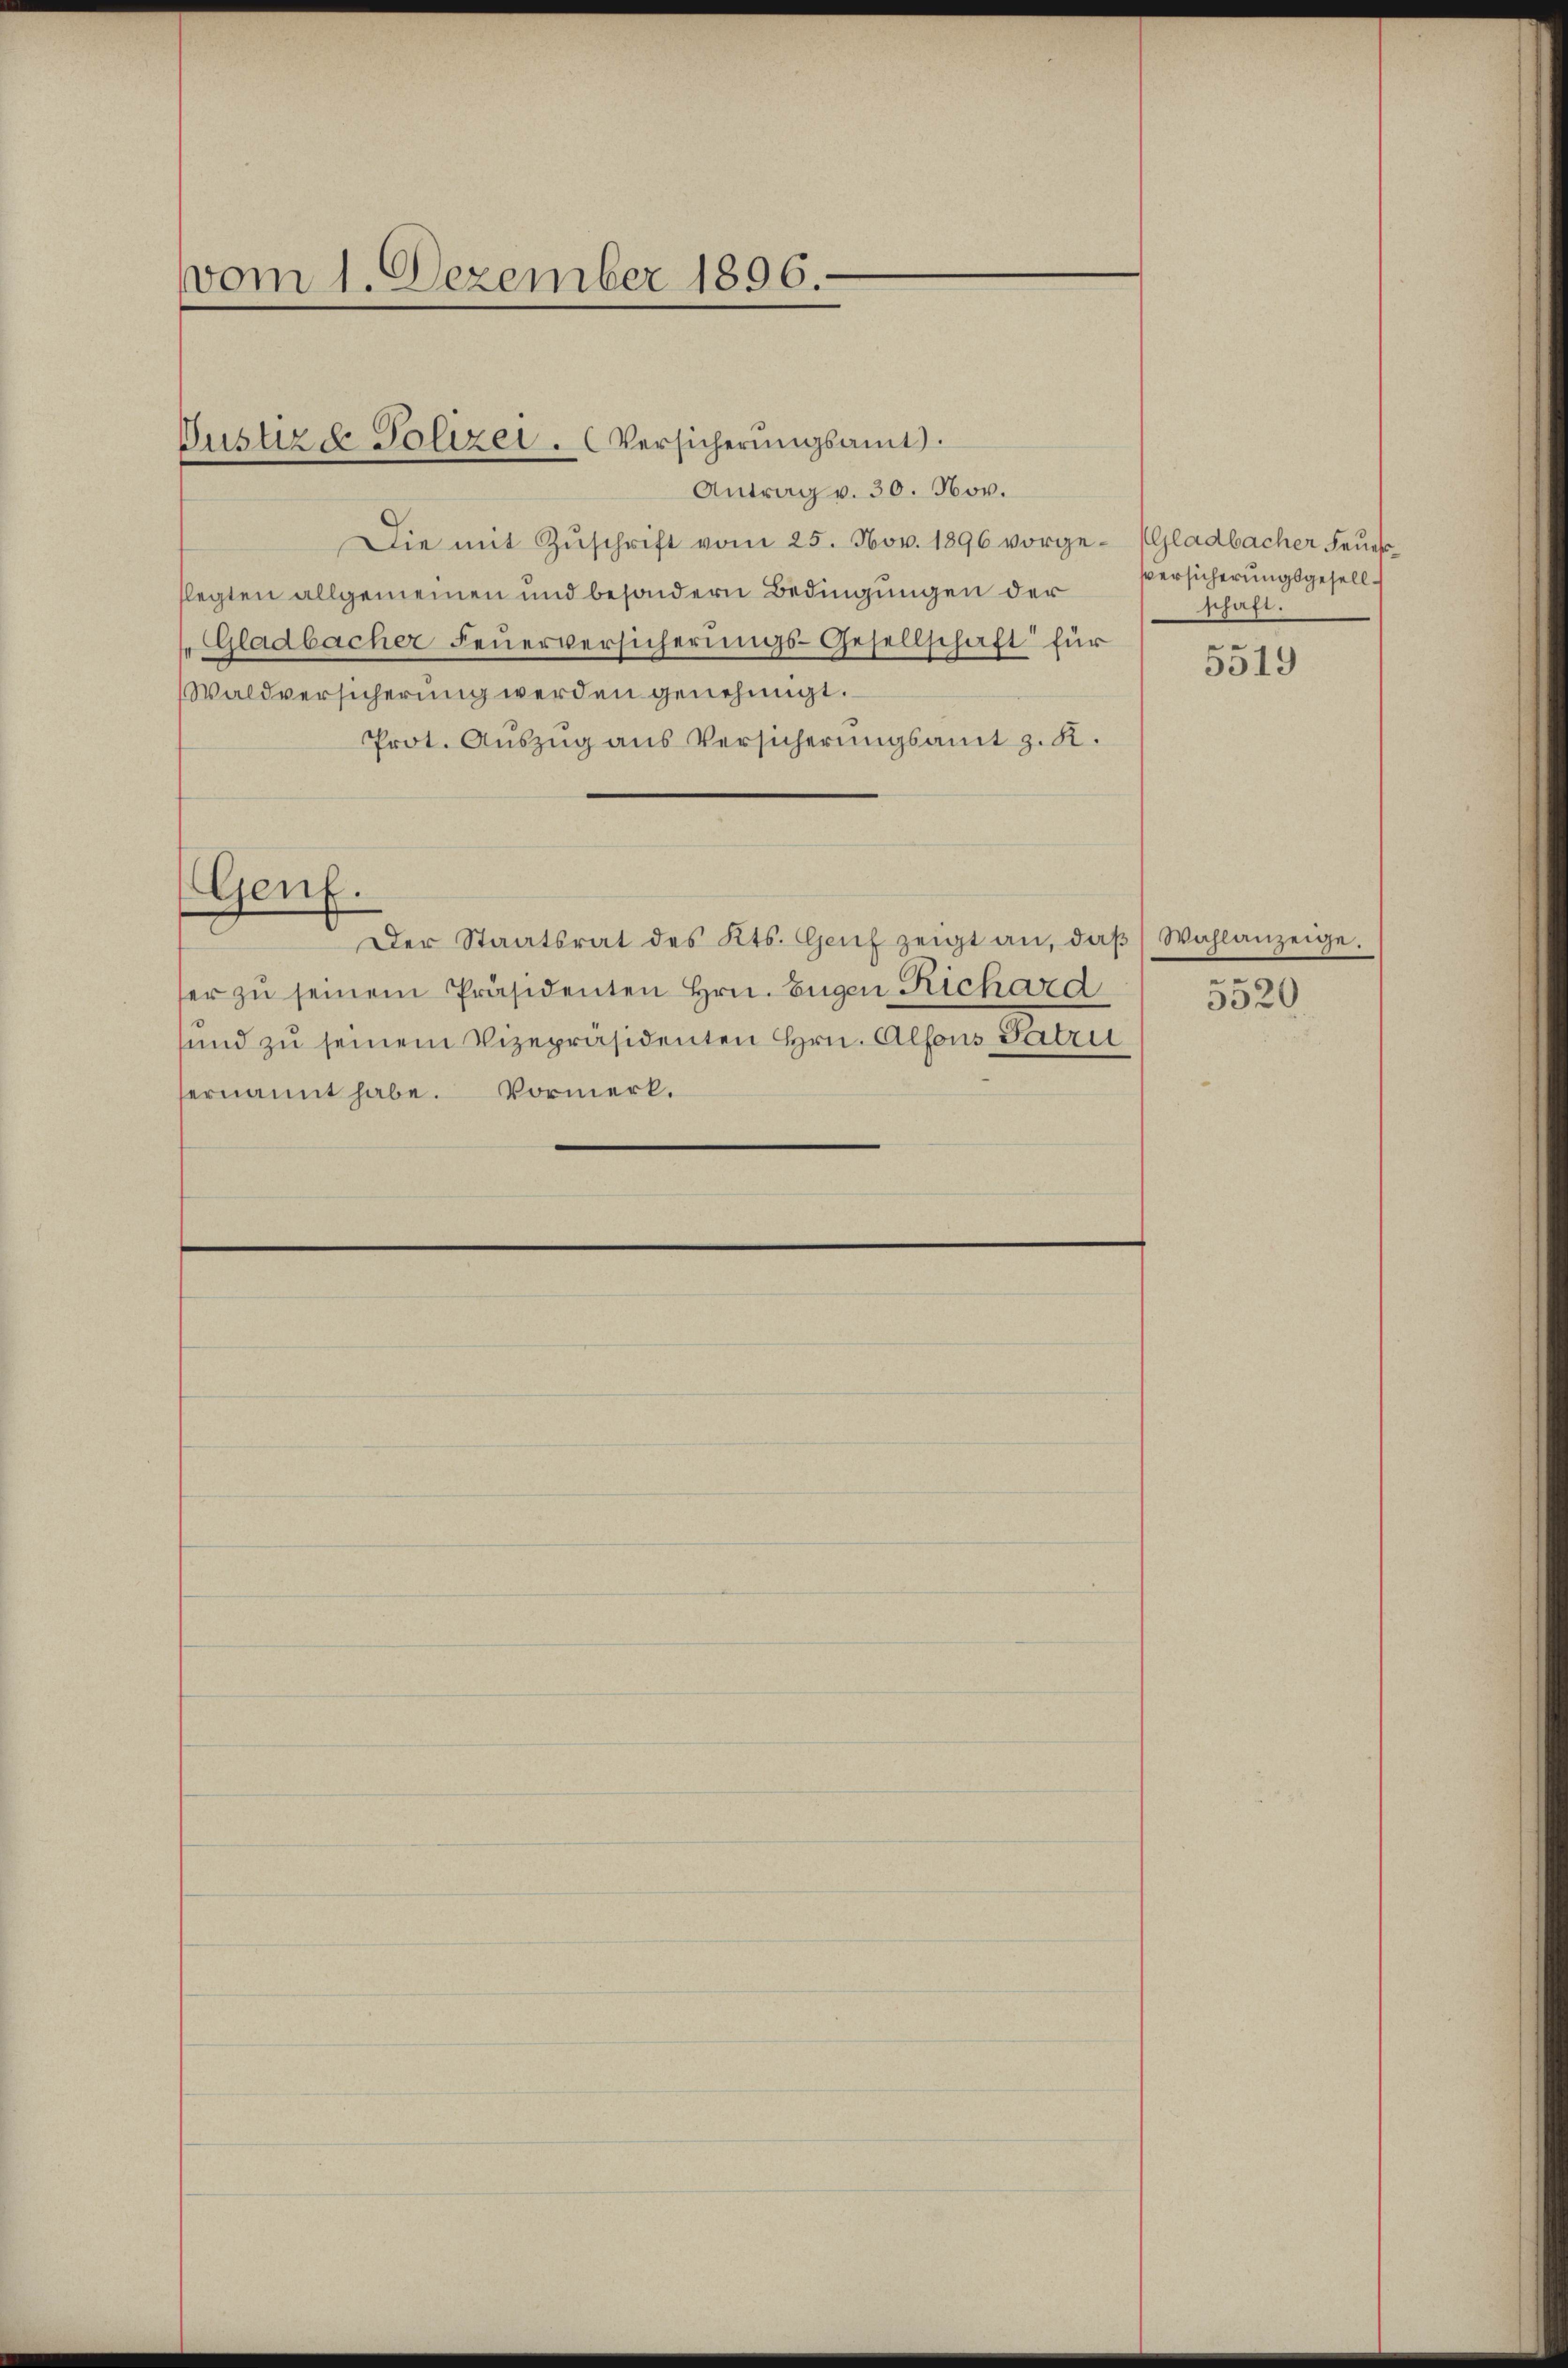
vom 1. Dezember 1896.

Gustiz & Polizei. Versicherungsamt.

Antrag v. 30. Nov.
Die mit Zŭschrift vom 25. Nov. 1896 vorgellegten allgemeinen und besondern Bedingungen der
Gladbacher Feŭerversicherungs-Gesellschaft für
Waldversicherung werden genehmigt.
Prot. Auszug aus Versicherungsamt z. K.
Genf.
Der Staatsrat des Kts. Genf zeigt an, daβ Wahlanzeige.
her zŭ seinem Präsidenten Hrn. Eugen Richard
und zu seinem Vizepräsidenten Hrn. Alfons Patru
ernannt habe. Vormerk.

Gladbacher Feuer¬
Versicherungsgesellschaft.
u

5519

e
3320.